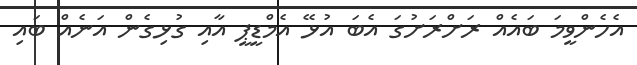
އެހެންވީމަ ބައެއް ރަށްރަށުގަ އެބަ އުޅޭ އެމްޑީޕީ އާއި ގުޅިގެން އަނެއް ބައި